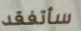
سأتفقد